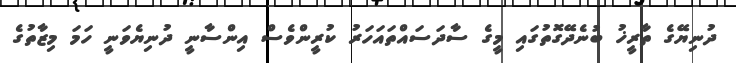
ދުނިޔޭގެ ތާރީޚު ބުނެދޭގޮތުގައި މީގެ ސާދަސައްތައަހަރު ކުރީންވެސް އިންސާނީ ދުނިޔެވަނީ ހަމަ މިޒާތުގެ